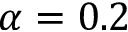
\alpha = 0 . 2